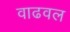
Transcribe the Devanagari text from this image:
वाढवल